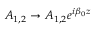
A _ { 1 , 2 } \rightarrow A _ { 1 , 2 } e ^ { i \beta _ { 0 } z }